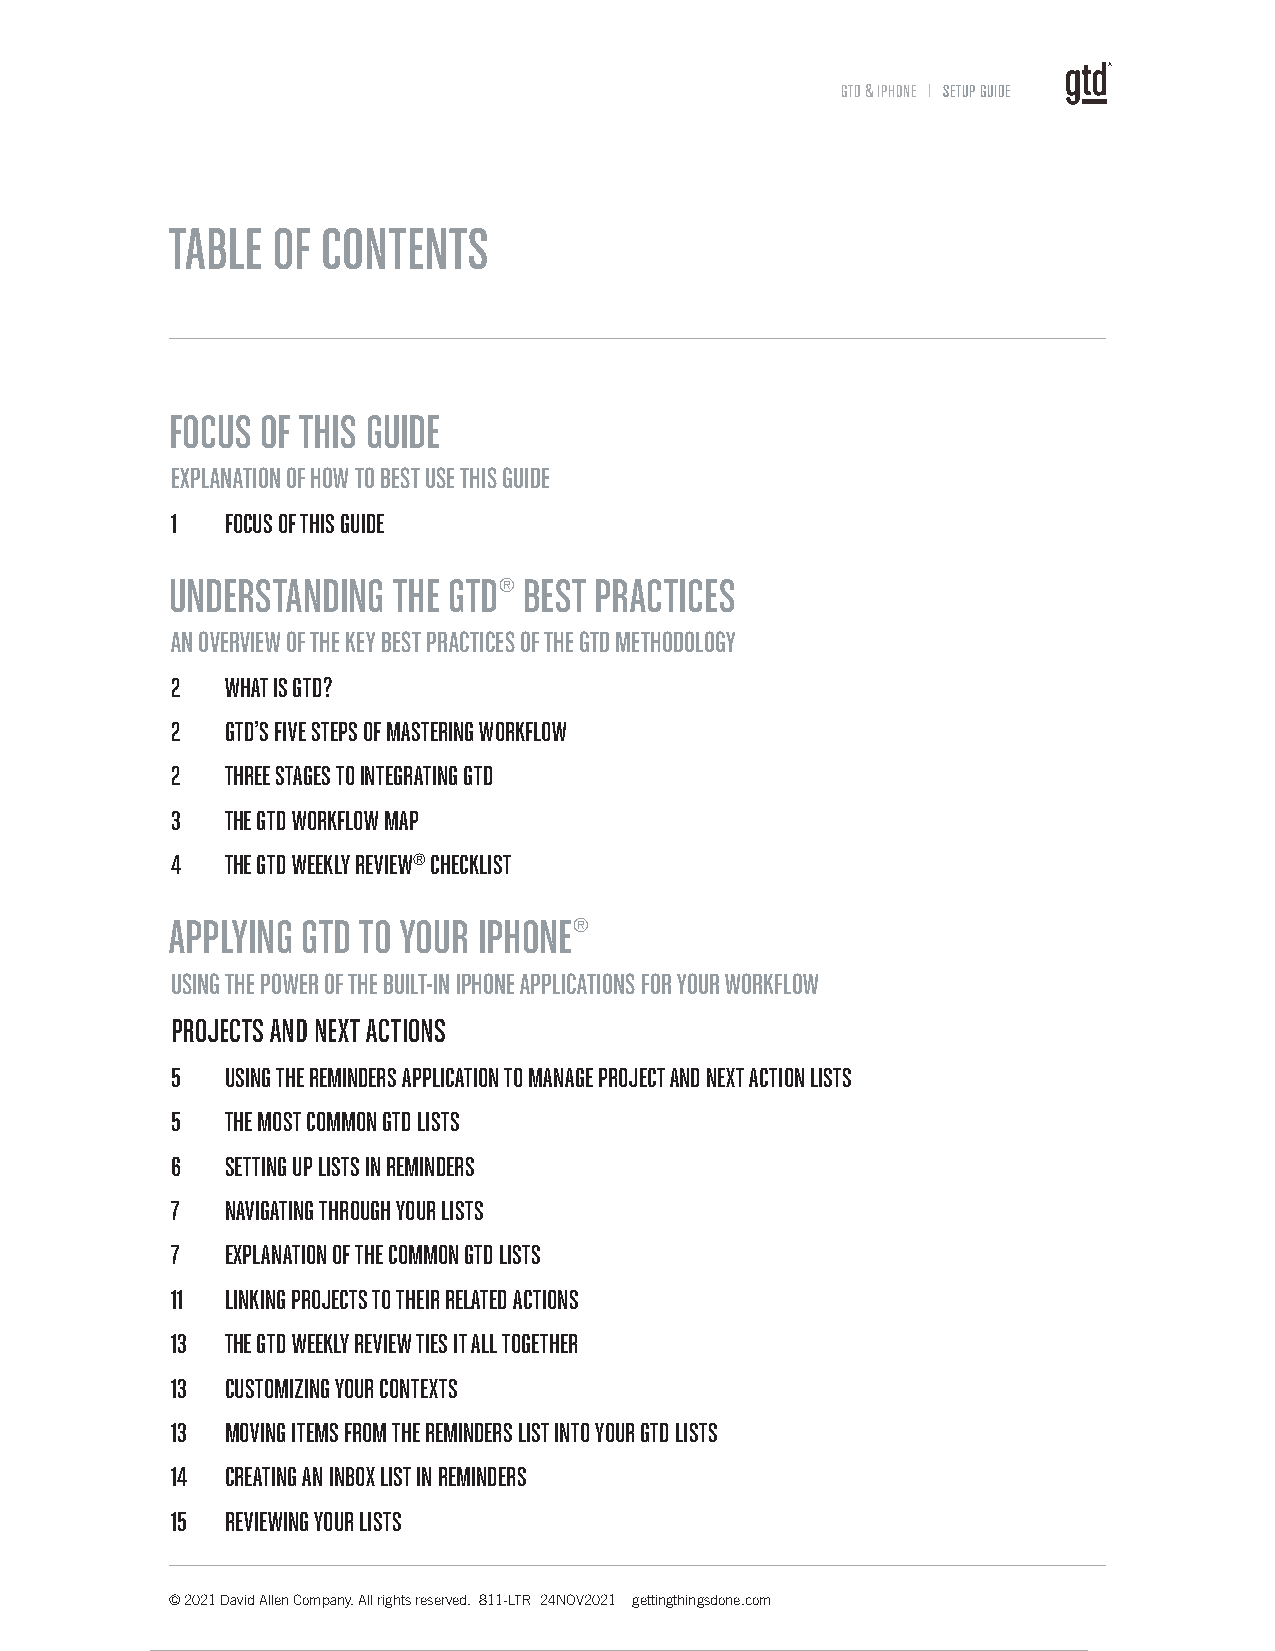
GTD & IPHONE l SETUP GUIDE
 TABLE  OF CONTENTS
 FOCUS OF THIS GUIDE
 EXPLANATION OF HOW TO BEST USE THIS GUIDE
 1   FOCUS OF THIS GUIDE
 UNDERSTANDING  THE GTD® BEST PRACTICES
 AN OVERVIEW OF THE KEY BEST PRACTICES OF THE GTD METHODOLOGY
 2   WHAT IS GTD?
 2   GTD’S FIVE STEPS OF MASTERING WORKFLOW
 2   THREE STAGES TO INTEGRATING GTD
 3   THE GTD WORKFLOW MAP
 4   THE GTD WEEKLY REVIEW® CHECKLIST
 APPLYING GTD TO YOUR IPHONE®
 USING THE POWER OF THE BUILT-IN IPHONE APPLICATIONS FOR YOUR WORKFLOW
 PROJECTS AND NEXT ACTIONS
 5   USING THE REMINDERS APPLICATION TO MANAGE PROJECT AND NEXT ACTION LISTS
 5   THE MOST COMMON GTD LISTS
 6   SETTING UP LISTS IN REMINDERS
 7   NAVIGATING THROUGH YOUR LISTS
 7   EXPLANATION OF THE COMMON GTD LISTS
 11  LINKING PROJECTS TO THEIR RELATED ACTIONS
 13  THE GTD WEEKLY REVIEW TIES IT ALL TOGETHER
 13  CUSTOMIZING YOUR CONTEXTS
 13  MOVING ITEMS FROM THE REMINDERS LIST INTO YOUR GTD LISTS
 14  CREATING AN INBOX LIST IN REMINDERS
 15  REVIEWING YOUR LISTS
 © 2021 David Allen Company. All rights reserved. 811-LTR 24NOV2021 gettingthingsdone.com